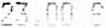
23.00 S